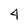
Character: 4